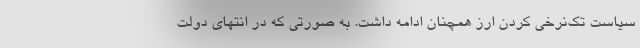
سیاست تک‌نرخی کردن ارز همچنان ادامه داشت. به صورتی که در انتهای دولت